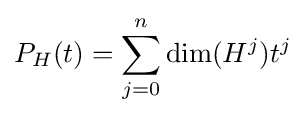
P_{H}(t)=\sum _{j=0}^{n}\dim(H^{j})t^{j}